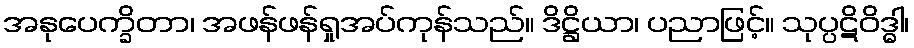
အနုပေက္ခိတာ၊ အဖန်ဖန်ရှုအပ်ကုန်သည်။ ဒိဋ္ဌိယာ၊ ပညာဖြင့်။ သုပ္ပဋိဝိဒ္ဓါ၊